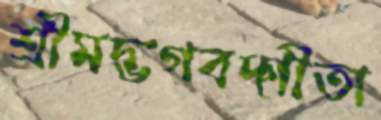
শ্রীমদ্ভগবদ্গীতা